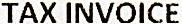
TAX INVOICE